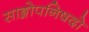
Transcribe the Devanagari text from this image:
साङ्गोपनिषदो